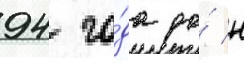
94 го́да до́ н